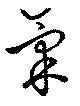
気